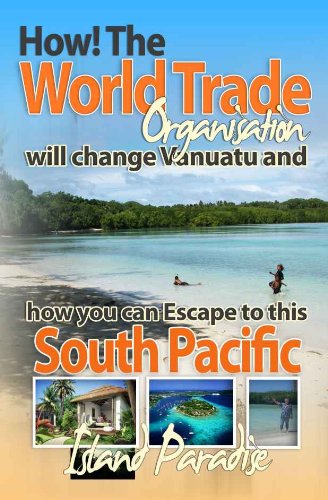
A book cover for How the WTO Will Change Vanuatu and How You Can Escape to this South Pacific Island Paradise; Richard Butler; Travel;